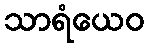
သာရံယေဝ